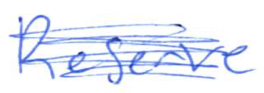
Text: Reserve
Cross-out: scratch
Writing tool: ballpoint